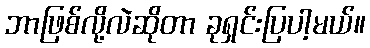
ဘာဖြစ်လို့လဲဆိုတာ ခုရှင်းပြပါ့မယ်။